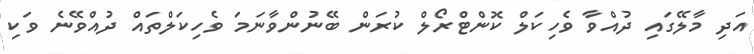
އަދި މާލޭގައި ދުއްވާ ވެހިކަލް ކޮންޓްރޯލް ކުރަން ބޭނުންވާނަމަ ވެހިކަލްތައް ދުއްވޭނެ ވަކި